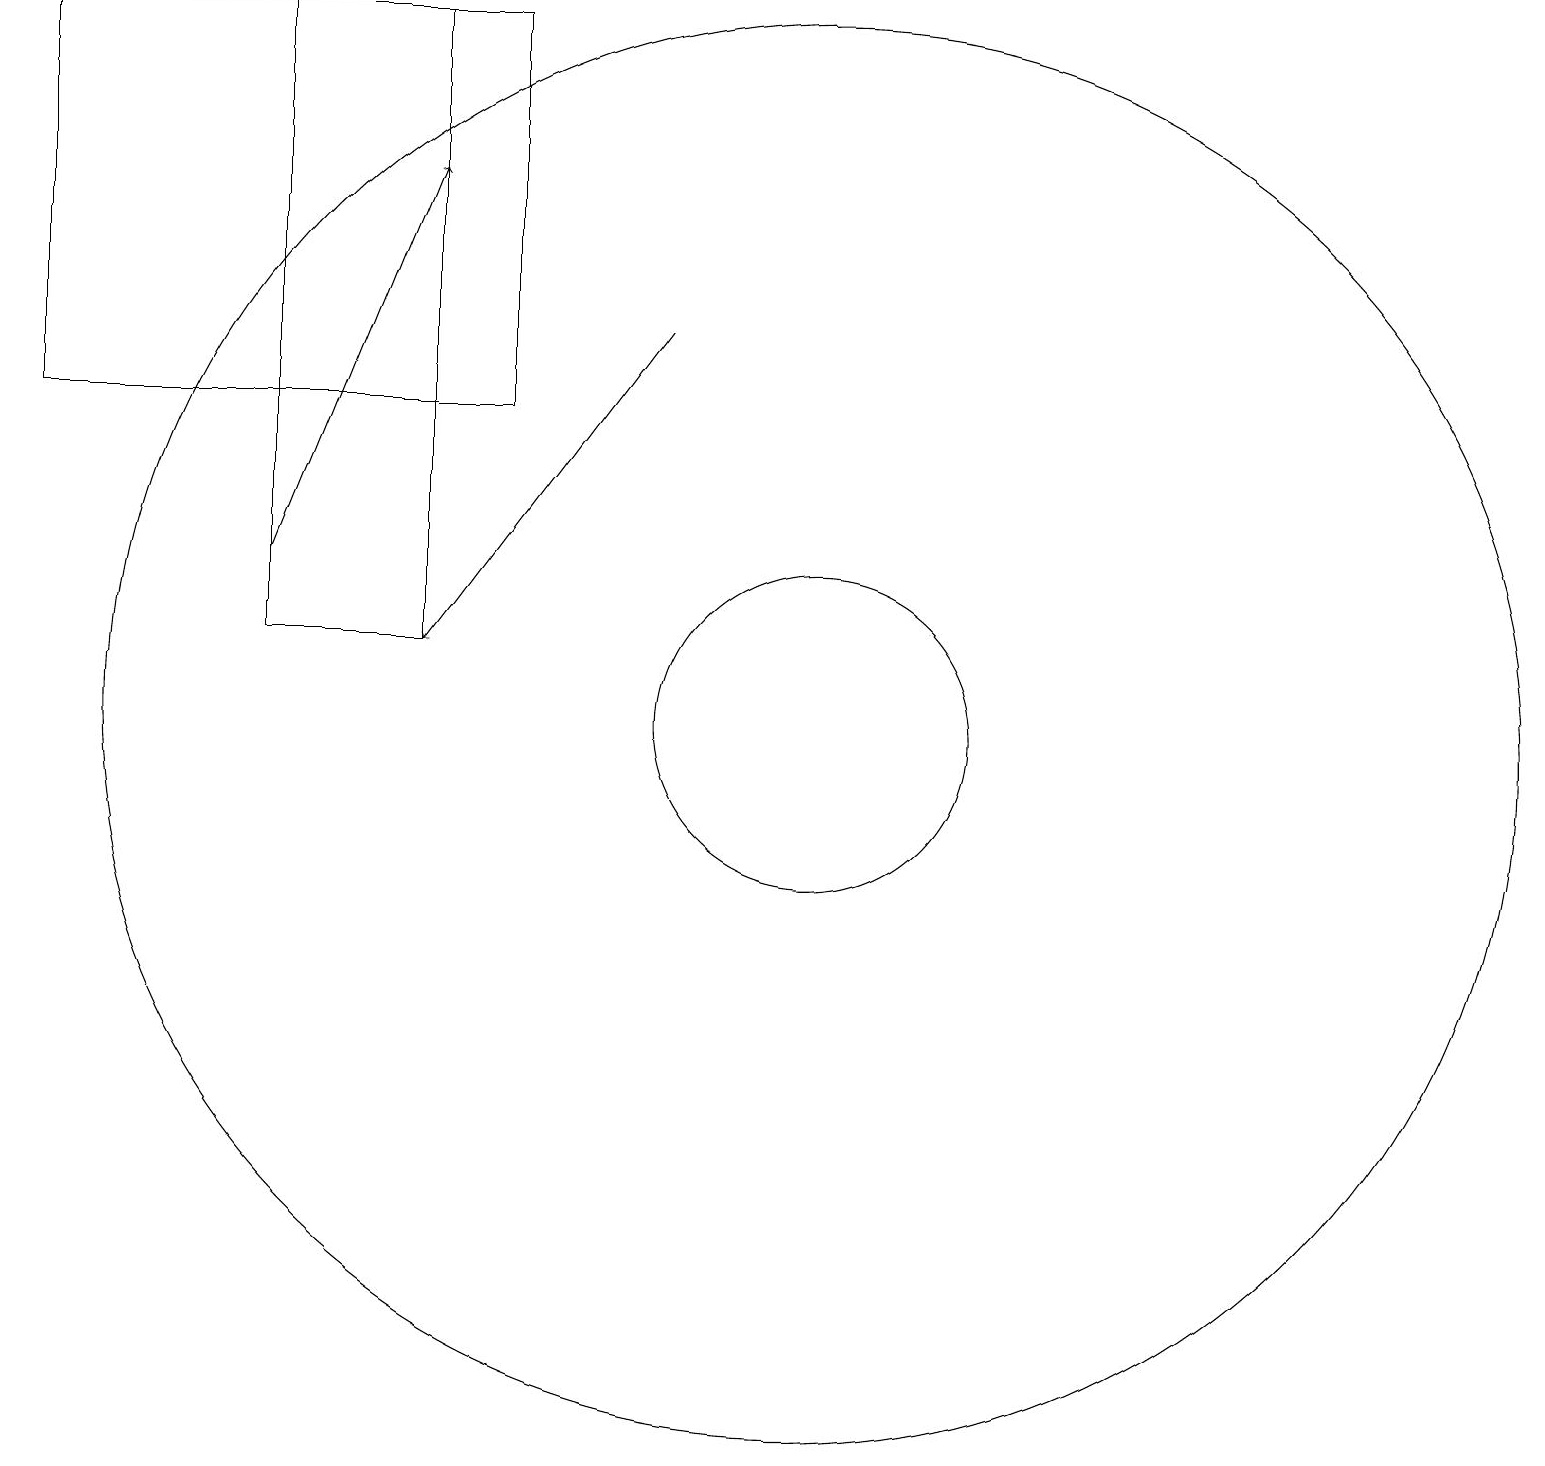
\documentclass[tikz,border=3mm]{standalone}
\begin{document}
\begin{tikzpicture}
\draw (4,19) rectangle (6,11);
\draw[->] (4,12) -- (6,17);
\draw (7,19) rectangle (1,14);
\draw (11,10) circle (2);
\draw[->] (9,15) -- (6,11);
\draw (11,10) circle (9);
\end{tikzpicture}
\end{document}